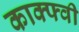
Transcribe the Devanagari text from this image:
काक्फ्वी